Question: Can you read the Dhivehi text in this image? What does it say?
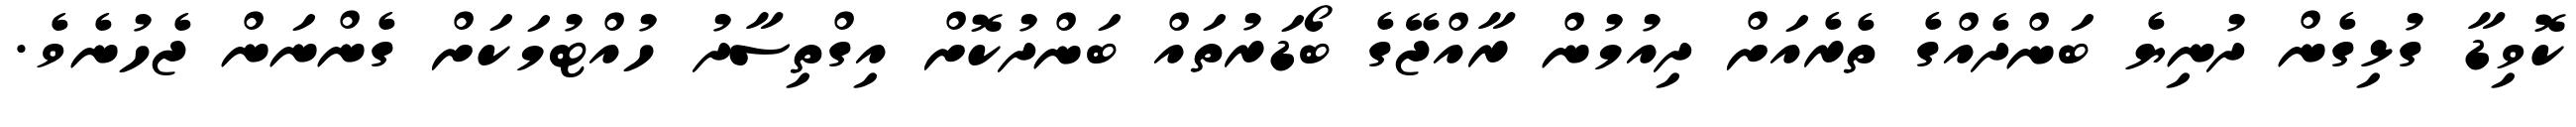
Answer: ކޮވިޑާ ގުޅިގެން ދުނިޔެ ބަންދެއްގެ ތެރެއަށް ދިއުމުން ރާއްޖޭގެ ބޯޑަރުތައް ބަންދުކޮށް އިގްތިސާދު ހުއްޓުމަކަށް ގެންނަން ޖެހުނެވެ.